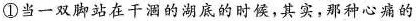
①当一双脚站在干涸的湖底的时候，其实，那种心痛的